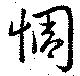
惆